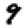
Digit: 9